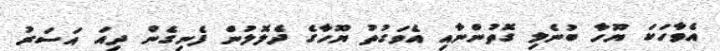
އެވާހަކަ ޔޫހާ ބުނެލި ގޮތުންނާއި އެވަގުތު ޔޫހާގެ ދެލޮލުން ފެނިގެން ދިއަ އަސަރު